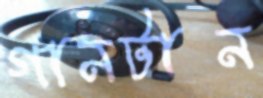
গানটান